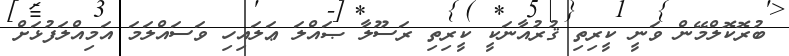
ބުރޮކޮލްމޭން ވަނީ ކީރިތި ޤުރުއާނަކީ ކީރިތި ރަސޫލާ ޞައްލަ ޢަލައިހި ވަސައްލަމަ އަމިއްލަފުޅަށް